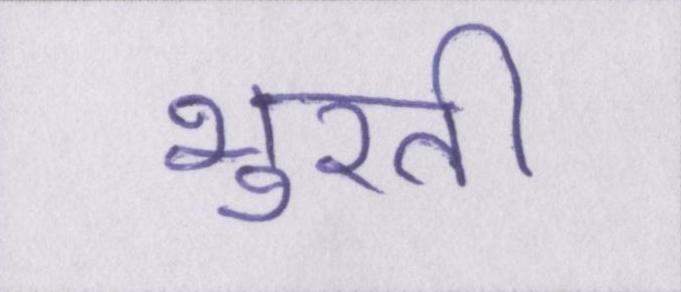
भुरसी